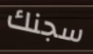
سجنك